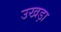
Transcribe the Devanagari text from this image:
उखड़ा